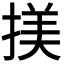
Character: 𢱒